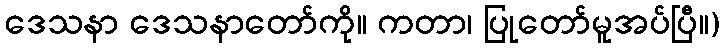
ဒေသနာ ဒေသနာတော်ကို။ ကတာ၊ ပြုတော်မူအပ်ပြီ။)